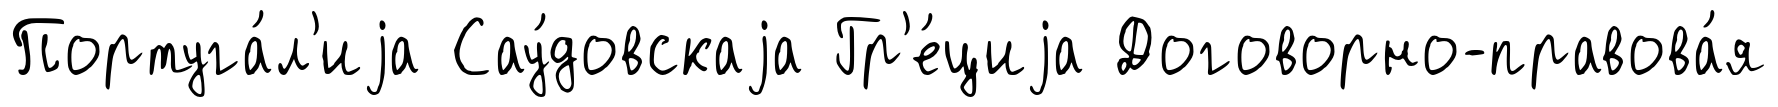
Португа́л'иjа Сау́довскаjа Гр'е́циjа Договорно-правова́я